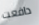
دافعت